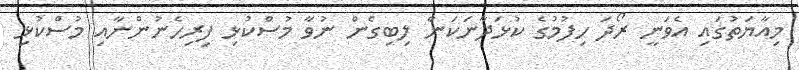
މިއާޔަތުގައި އެވަނީ ރޯދަ ހިފުމުގެ ކުޅަދާނަކަން ލިބިގެން ނުވާ މުސްކުޅި ފިރިހެނުންނާއި މުސްކުޅި